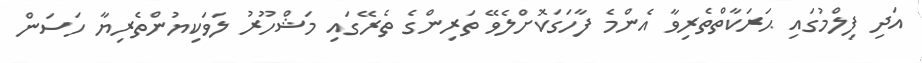
އަދި ފިލްމުގައި ޙަރަކާތްތެރިވާ އެންމެ ފާހަގަކޮށްލެވޭ ތަރިންގެ ތެރޭގައި މަޝްހޫރު ލަވަކިޔުންތެރިޔާ ހަސަން